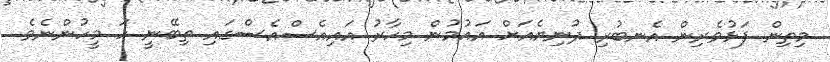
މިތިން ފަޅުވެރިން އެނބުރި ދުނިޔެއަށް އައުމުން މިހާރު އައިއެސްއެސްގައި ތިބޭނީ ހަ މީހުންނެވެ.